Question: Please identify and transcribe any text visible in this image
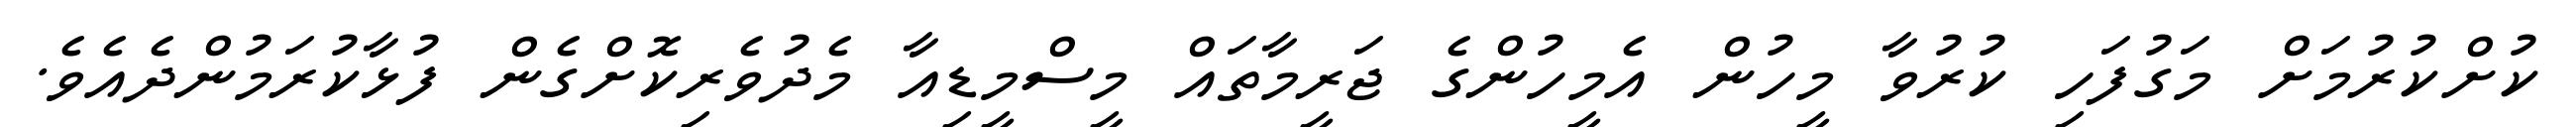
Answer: ކުށްކުރުމަށް މަގުފަހި ކުރުވާ މީހުން އެމީހުންގެ ޖަރީމާތައް މީސްމީޑިއާ މެދުވެރިކޮށްގެން ފުޅާކުރަމުންދެއެވެ.